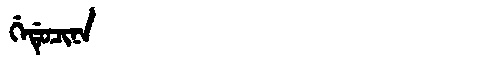
Manchu: ᡤᡝᡩᡠᠴᡳᠨᠠ
Romanization: GEDUCINA